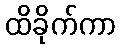
ထိခိုက်ကာ